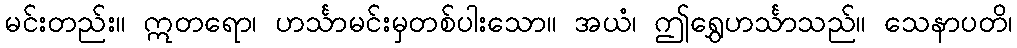
မင်းတည်း။ ဣတရော၊ ဟင်္သာမင်းမှတစ်ပါးသော။ အယံ၊ ဤရွှေဟင်္သာသည်။ သေနာပတိ၊